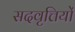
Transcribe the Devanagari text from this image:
सदवृत्तियों